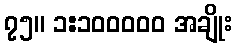
၇၅။ ၁:၁၀၀၀၀၀ အချိုး